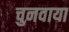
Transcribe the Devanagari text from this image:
चुनवाया